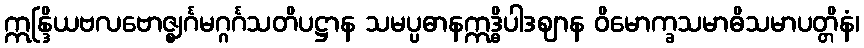
ဣန္ဒြိယဗလဗောဇ္ဈင်္ဂမဂ္ဂင်္ဂသတိပဋ္ဌာန သမပ္ပဓာနဣဒ္ဓိပါဒဈာန ဝိမောက္ခသမာဓိသမာပတ္တိနံ၊